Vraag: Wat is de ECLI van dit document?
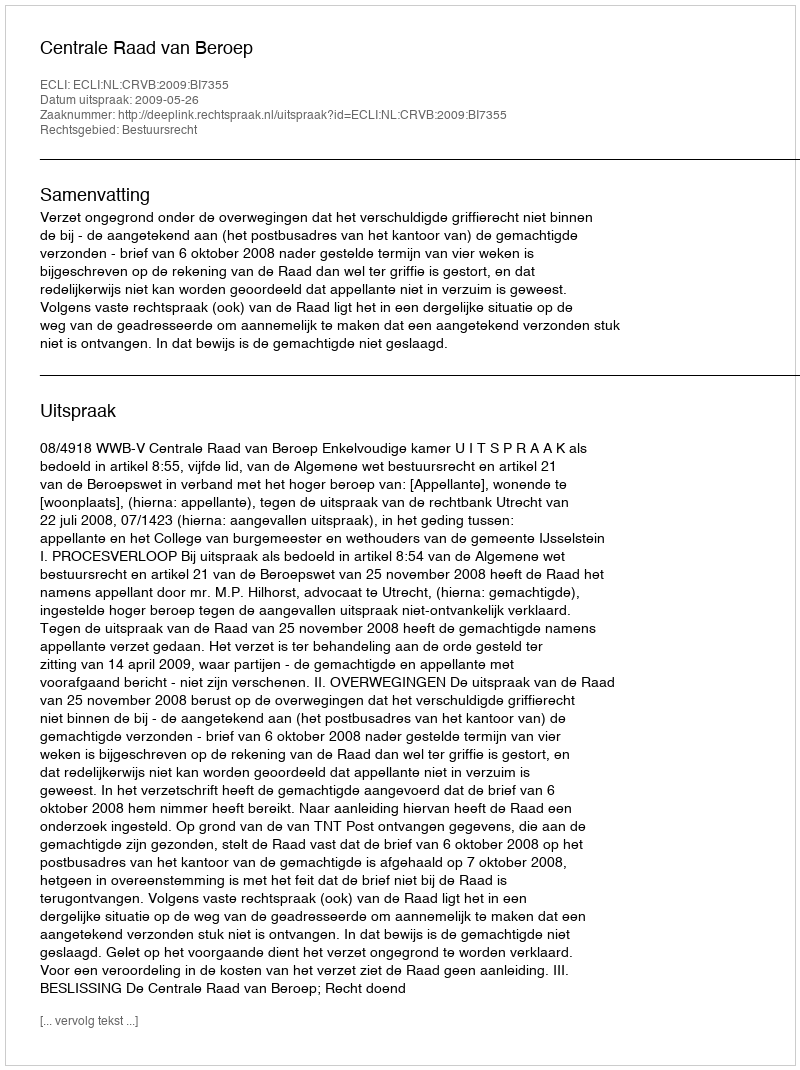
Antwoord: ECLI:NL:CRVB:2009:BI7355